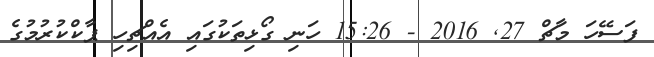
ފަސޭހަ މާޗް 27